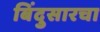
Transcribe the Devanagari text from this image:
बिंदुसारचा